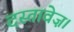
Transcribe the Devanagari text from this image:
दस्तावेज़।